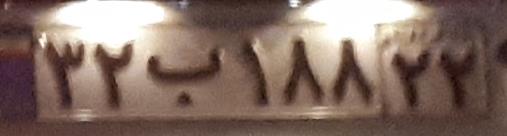
۳۲ب۱۸۸۲۲